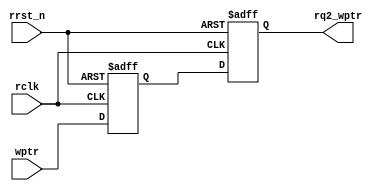

//////////////////////////////////////////////////////////////////////////////////
// Company: 
// Engineer: 
// 
// Design Name: 
// Module Name: sync_w2r
// Project Name: 
// Target Devices: 
// Tool Versions: 
// Description: 
// 
// Dependencies: 
// 
// Revision:
// Revision 0.01 - File Created
// Additional Comments:
// 
//////////////////////////////////////////////////////////////////////////////////


module sync_w2r #(parameter ADDRSIZE = 4)
(output reg [ADDRSIZE:0] rq2_wptr,
input [ADDRSIZE:0] wptr,
input rclk, rrst_n);
reg [ADDRSIZE:0] rq1_wptr;
always @(posedge rclk or negedge rrst_n)
if (!rrst_n) {rq2_wptr,rq1_wptr} <= 10'b0000000000;
else {rq2_wptr,rq1_wptr} <= {rq1_wptr,wptr};
endmodule